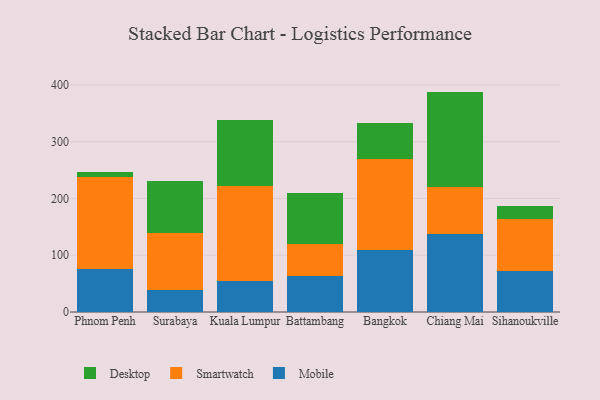
{"axis": {"x": "City", "y": "Website Visitors"}, "legend": ["Desktop", "Mobile", "Smartwatch"], "data": [{"x": "Phnom Penh", "y": 74.9, "type": "Mobile"}, {"x": "Phnom Penh", "y": 163.1, "type": "Smartwatch"}, {"x": "Phnom Penh", "y": 8.9, "type": "Desktop"}, {"x": "Surabaya", "y": 38.0, "type": "Mobile"}, {"x": "Surabaya", "y": 101.6, "type": "Smartwatch"}, {"x": "Surabaya", "y": 90.9, "type": "Desktop"}, {"x": "Kuala Lumpur", "y": 53.8, "type": "Mobile"}, {"x": "Kuala Lumpur", "y": 168.4, "type": "Smartwatch"}, {"x": "Kuala Lumpur", "y": 116.6, "type": "Desktop"}, {"x": "Battambang", "y": 62.9, "type": "Mobile"}, {"x": "Battambang", "y": 56.1, "type": "Smartwatch"}, {"x": "Battambang", "y": 90.3, "type": "Desktop"}, {"x": "Bangkok", "y": 108.9, "type": "Mobile"}, {"x": "Bangkok", "y": 160.4, "type": "Smartwatch"}, {"x": "Bangkok", "y": 63.9, "type": "Desktop"}, {"x": "Chiang Mai", "y": 136.7, "type": "Mobile"}, {"x": "Chiang Mai", "y": 83.6, "type": "Smartwatch"}, {"x": "Chiang Mai", "y": 168.0, "type": "Desktop"}, {"x": "Sihanoukville", "y": 72.4, "type": "Mobile"}, {"x": "Sihanoukville", "y": 90.9, "type": "Smartwatch"}, {"x": "Sihanoukville", "y": 23.2, "type": "Desktop"}]}